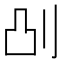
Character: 𫥷